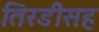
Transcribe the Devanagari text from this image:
तिरडीसह